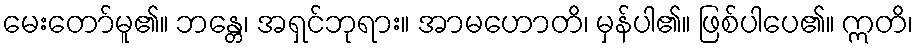
မေးတော်မူ၏။ ဘန္တေ၊ အရှင်ဘုရား။ အာမဟောတိ၊ မှန်ပါ၏။ ဖြစ်ပါပေ၏။ ဣတိ၊